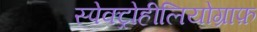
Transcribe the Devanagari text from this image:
स्पेक्ट्रोहीलियोग्राफ़